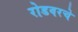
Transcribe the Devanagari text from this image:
रोडवरचे